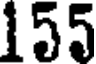
155